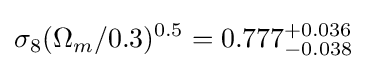
\sigma _{8}(\Omega _{m}/0.3)^{0.5}=0.777_{-0.038}^{+0.036}